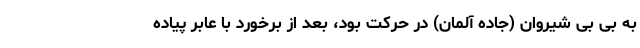
به بی بی شیروان (جاده آلمان) در حرکت بود، بعد از برخورد با عابر پیاده